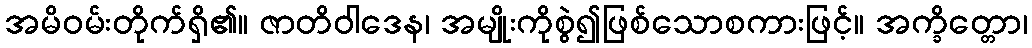
အမိဝမ်းတိုက်ရှိ၏။ ဇာတိဝါဒေန၊ အမျိုးကိုစွဲ၍ဖြစ်သောစကားဖြင့်။ အက္ခိတ္တော၊